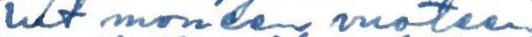
lut moneen vuoteen